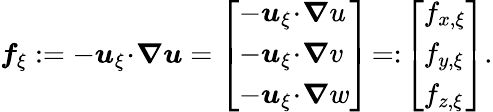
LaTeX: \begin{array}{r}{\boldsymbol{f}_{\xi}:=-\boldsymbol{u}_{\xi}\! \cdot\! \boldsymbol{\nabla}\boldsymbol{u}=\left[\begin{array}{l}{-\boldsymbol{u}_{\xi}\! \cdot\! \boldsymbol{\nabla}u}\\ {-\boldsymbol{u}_{\xi}\! \cdot\! \boldsymbol{\nabla}v}\\ {-\boldsymbol{u}_{\xi}\! \cdot\! \boldsymbol{\nabla}w}\end{array}\right]\! =:\! \left[\begin{array}{l}{f_{x,\xi}}\\ {f_{y,\xi}}\\ {f_{z,\xi}}\end{array}\right].}\end{array}